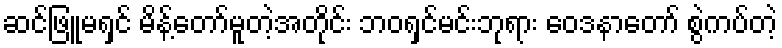
ဆင်ဖြူမရှင် မိန့်တော်မူတဲ့အတိုင်း ဘဝရှင်မင်းဘုရား ဝေဒနာတော် စွဲကပ်တဲ့